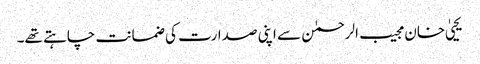
یحییٰ خان مجیب الرحمٰن سے اپنی صدارت کی ضمانت چاہتے تھے۔